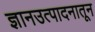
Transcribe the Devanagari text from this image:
ज्ञानउत्पादनातून